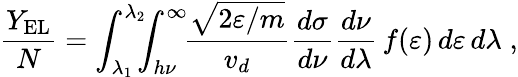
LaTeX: \frac{Y_{\mathrm{EL}}}{N}=\int_{\lambda_{1}}^{\lambda_{2}}\! \! \! \int_{h\nu}^{\infty}\! \! \frac{\sqrt{2\varepsilon/m}}{v_{d}}\frac{d\sigma}{d\nu}\frac{d\nu}{d\lambda}\, f(\varepsilon)\, d\varepsilon\, d\lambda\; ,